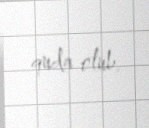
quda olub.